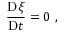
\frac { \mathrm { D } \xi } { \mathrm { D } t } = 0 \ ,